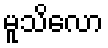
မူသိလော